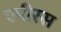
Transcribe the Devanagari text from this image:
एपीरस